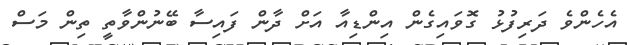
އެހެންވެ ދަރިފުޅު ގޮވައިގެން އިންޑިއާ އަށް ދާން ފައިސާ ބޭނުންވާތީ ތިން މަސް